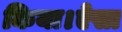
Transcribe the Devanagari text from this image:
किया।ऐसा